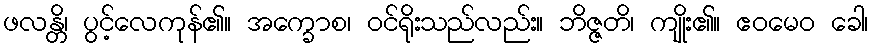
ဖလန္တိ၊ ပွင့်လေကုန်၏။ အက္ခောစ၊ ဝင်ရိုးသည်လည်း။ ဘိဇ္ဇတိ၊ ကျိုး၏။ ဧဝမေဝ ခေါ၊